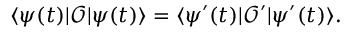
\langle \psi ( t ) | \mathcal { O } | \psi ( t ) \rangle = \langle \psi ^ { \prime } ( t ) | \mathcal { O } ^ { \prime } | \psi ^ { \prime } ( t ) \rangle .